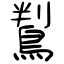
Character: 鵥